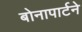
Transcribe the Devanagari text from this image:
बोनापार्टने